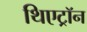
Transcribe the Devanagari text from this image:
थिएट्रॉन